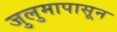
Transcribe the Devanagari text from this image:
जुलुमापासून